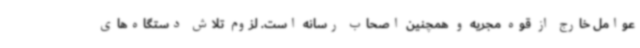
عوامل خارج از قوه مجریه و همچنین اصحاب رسانه است. لزوم تلاش دستگاه‌های